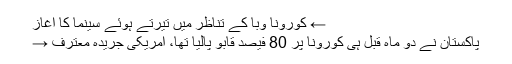
← کورونا وبا کے تناظر میں تیرتے ہوئے سینما کا آغاز
پاکستان نے دو ماہ قبل ہی کورونا پر 80 فیصد قابو پالیا تھا، امریکی جریدہ معترف →